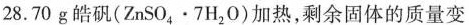
28.70g皓矾(ZnSO4。7H2O)加热，剩余固体的质量变